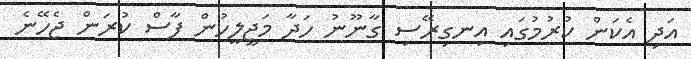
އަދި އެކަން ކުރުމުގައި އިނގިރޭސި ގާނޫނު ހަދާ މަޖީލީހުން ފާސް ކުރަން ޖެހޭނެ